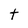
Character: t